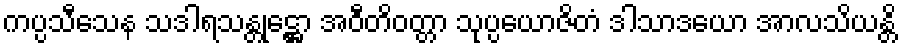
ကပ္ပသီသေန သဒါရသန္တုဋ္ဌော အဝီတိဝတ္တာ သုပ္ပယောဇိတံ ဒါသာဒယော အာလသိယန္တိ